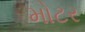
મોટર